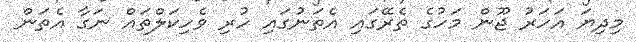
މިދިޔަ އަހަރު ޖޫން މަހުގެ ތެރޭގައި އެތަނުގައި ހުރި ވެހިކަލްތައް ނަގާ އެތަން